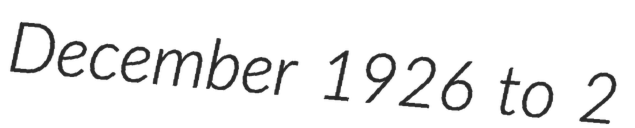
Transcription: December 1926 to 2